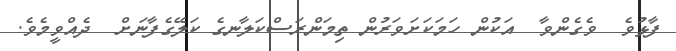
ފާޅުވެ  ވެގެންވާ  އަކުން ހަމަކަށަވަރުން ތިމަންރަސްކަލާނގެ ކަލޭގެފާނަށް  ދެއްވީމެވެ.